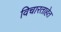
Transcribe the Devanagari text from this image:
विचारताहेत